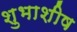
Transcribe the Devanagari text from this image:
शुभाशीष